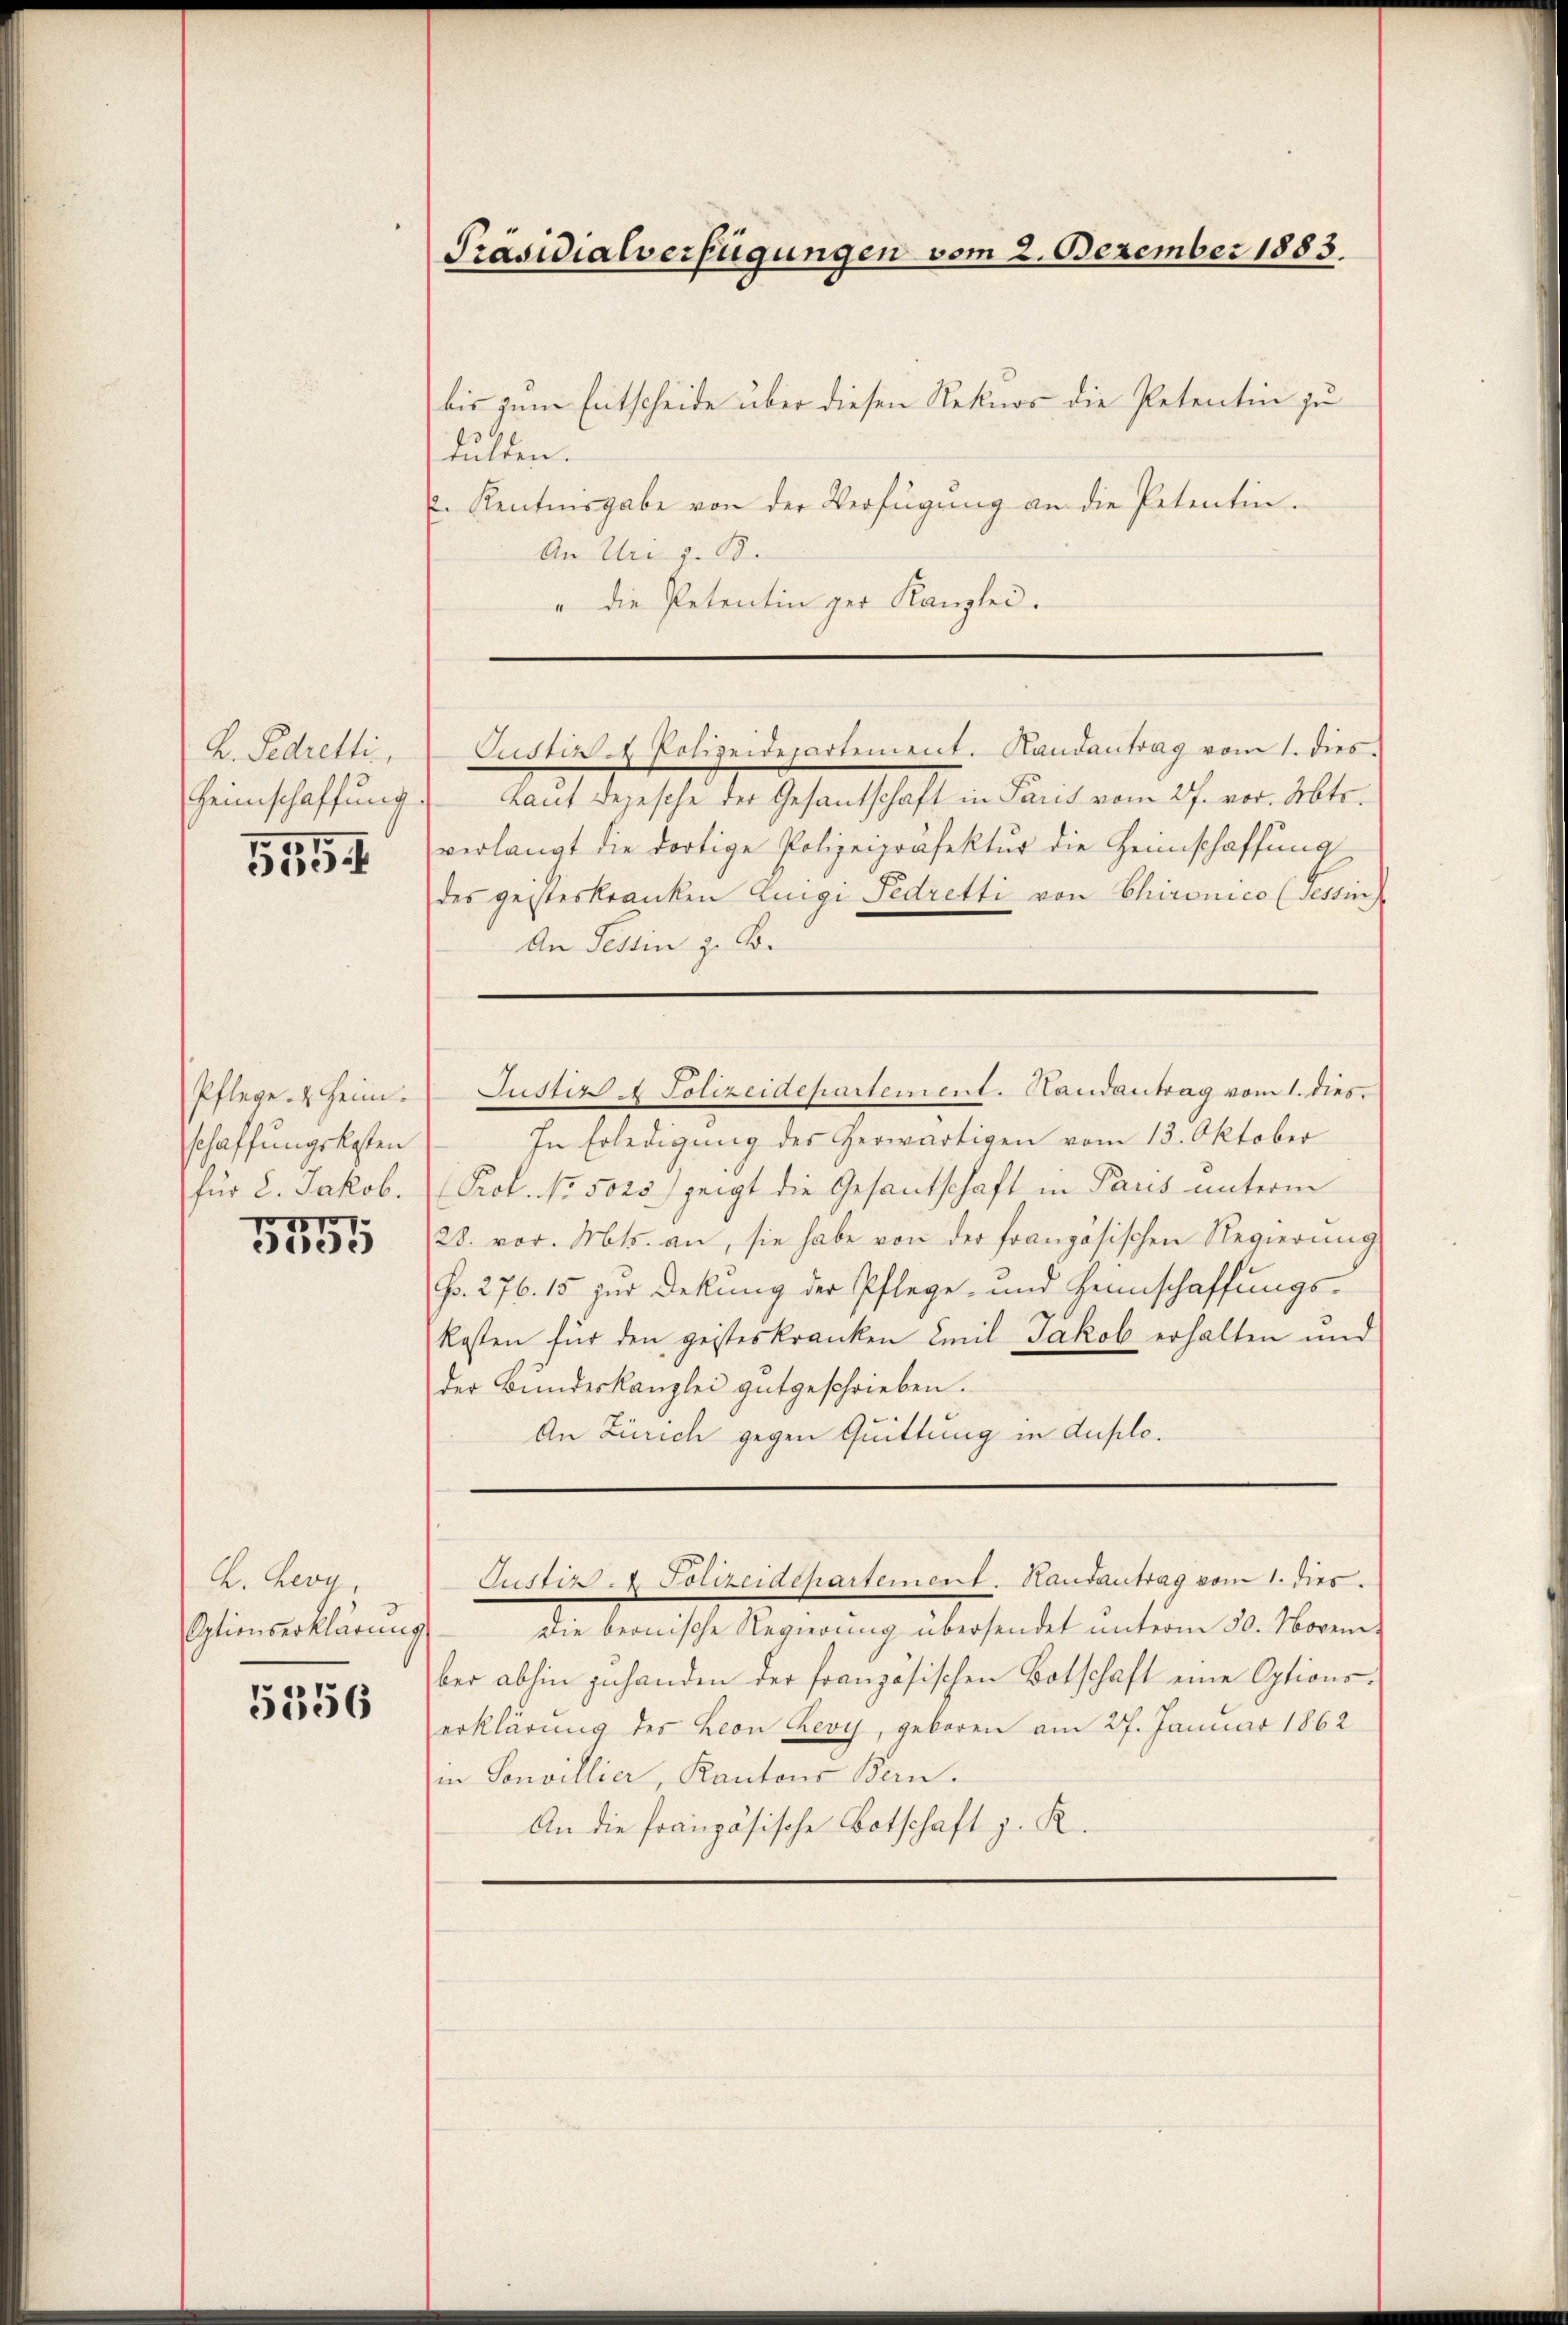
B. Sedretti,
Heimschaffung

5554

Pflege. 2. Heim.
schaffungskosten
für 8. Jakob.

11
)

C. Bern,
Optionserklärung

5356

bis zum Entscheide über diesen Rekurs die Petentin zu
dulten.
. Kentnisgabe von der Verfügŭng an die Petentin.
An Uri z. B.
" die Petentin ger Kanzlei.

Präsidialverfügungen vom 2. Dezember 1883.

Justiz. Polizeidepartement. Randantrag vom 1. dies
Laut dejesche der Gesantschaft in Paris vom 27. vor. Mts.
verlangt die dortige Polizeipräfektur die Heimschaffung
des gesteskranken Luigi Fedretti von Chironico (Tessin
An Tessin z. B.
Justiz & Polizeidepartement. Landantrag vom 1. dies
In Erledigung des Herwärtigen vom 13. Oktober
Prof. No. 5025) zeigt die Gesandschaft in Paris unterm
28. vor. Mts. an, sie habe von der französischen Regierung
Fr. 276. 15 zur Deckung der Pflege- und Heimschaffŭngs-
kosten für den geisteskranken Emil Jakob erhalten und
der Bundeskanzlei gutgeschrieben.
An Zürich gegen Quittung in duplo¬

Justiz - Polizeidepartement. Hausantrag vom 1. dies

Die beonische Regierung übersendet unterm 30. Novem-
ber abhin zuhanden der französischen Botschaft eine Options-
erklärung des Leon Bevy, geboren am 27. Januar 1862
in Sonvillier, Kantons Bern.
An die französische Botschaft z. R.